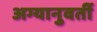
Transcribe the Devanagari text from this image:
अग्यानुवर्ती